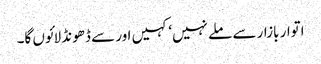
اتوار بازار سے ملے نہیں‘ کہیں اور سے ڈھونڈ لائوں گا۔